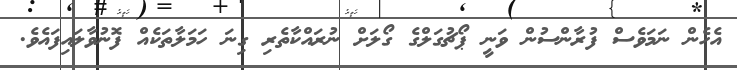
އެހެން ނަމަވެސް ފުރާންސުން ވަނީ ޕޯޗުގަލްގެ ގޯލަށް ނުރައްކާތެރި ގިނަ ހަމަލާތަކެއް ފޮނުވާލައިފައެވެ.